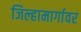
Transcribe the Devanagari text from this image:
जिल्हामार्गावर